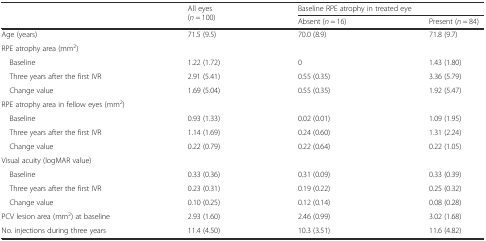
<table><thead><tr><td rowspan="2"></td><td rowspan="2"><b>All eyes (<i>n</i> = 100)</b></td><td colspan="2"><b>Baseline RPE atrophy in treated eye</b></td></tr><tr><td><b>Absent (<i>n</i> = 16)</b></td><td><b>Present (<i>n</i> = 84)</b></td></tr></thead><tbody><tr><td>Age (years)</td><td>71.5 (9.5)</td><td>70.0 (8.9)</td><td>71.8 (9.7)</td></tr><tr><td colspan="4">RPE atrophy area (mm<sup>2</sup>)</td></tr><tr><td> Baseline</td><td>1.22 (1.72)</td><td>0</td><td>1.43 (1.80)</td></tr><tr><td> Three years after the first IVR</td><td>2.91 (5.41)</td><td>0.55 (0.35)</td><td>3.36 (5.79)</td></tr><tr><td> Change value</td><td>1.69 (5.04)</td><td>0.55 (0.35)</td><td>1.92 (5.47)</td></tr><tr><td colspan="4">RPE atrophy area in fellow eyes (mm<sup>2</sup>)</td></tr><tr><td> Baseline</td><td>0.93 (1.33)</td><td>0.02 (0.01)</td><td>1.09 (1.95)</td></tr><tr><td> Three years after the first IVR</td><td>1.14 (1.69)</td><td>0.24 (0.60)</td><td>1.31 (2.24)</td></tr><tr><td> Change value</td><td>0.22 (0.79)</td><td>0.22 (0.64)</td><td>0.22 (1.05)</td></tr><tr><td colspan="4">Visual acuity (logMAR value)</td></tr><tr><td> Baseline</td><td>0.33 (0.36)</td><td>0.31 (0.09)</td><td>0.33 (0.39)</td></tr><tr><td> Three years after the first IVR</td><td>0.23 (0.31)</td><td>0.19 (0.22)</td><td>0.25 (0.32)</td></tr><tr><td> Change value</td><td>0.10 (0.25)</td><td>0.12 (0.14)</td><td>0.08 (0.28)</td></tr><tr><td>PCV lesion area (mm<sup>2</sup>) at baseline</td><td>2.93 (1.60)</td><td>2.46 (0.99)</td><td>3.02 (1.68)</td></tr><tr><td>No. injections during three years</td><td>11.4 (4.50)</td><td>10.3 (3.51)</td><td>11.6 (4.82)</td></tr></tbody></table>